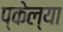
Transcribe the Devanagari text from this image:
प्केल्या